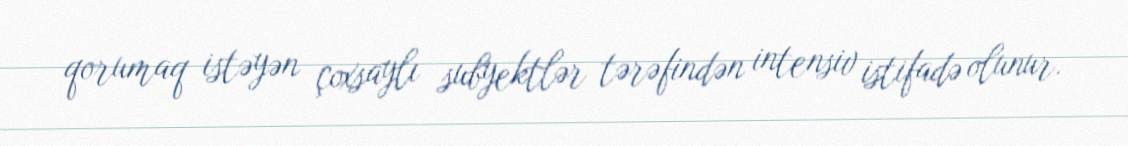
qorumaq istəyən çoxsaylı subyektlər tərəfindən intensiv istifadə olunur.